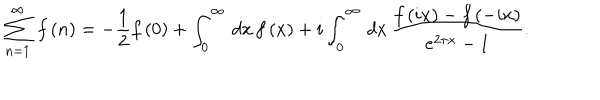
LaTeX: \sum _ { n = 1 } ^ { \infty } \, f \left( n \right) = - \frac { 1 } { 2 } f \left( 0 \right) + \int _ { 0 } ^ { \infty } \, d x \, f \left( x \right) + i \int _ { 0 } ^ { \infty } \, d x \, \frac { f \left( i x \right) - f \left( - i x \right) } { e ^ { 2 \pi x } - 1 } .